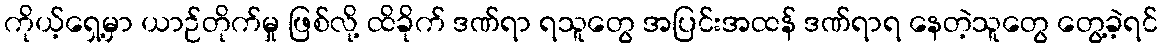
ကိုယ့်ရှေ့မှာ ယာဉ်တိုက်မှု ဖြစ်လို့ ထိခိုက် ဒဏ်ရာ ရသူတွေ အပြင်းအထန် ဒဏ်ရာရ နေတဲ့သူတွေ တွေ့ခဲ့ရင်